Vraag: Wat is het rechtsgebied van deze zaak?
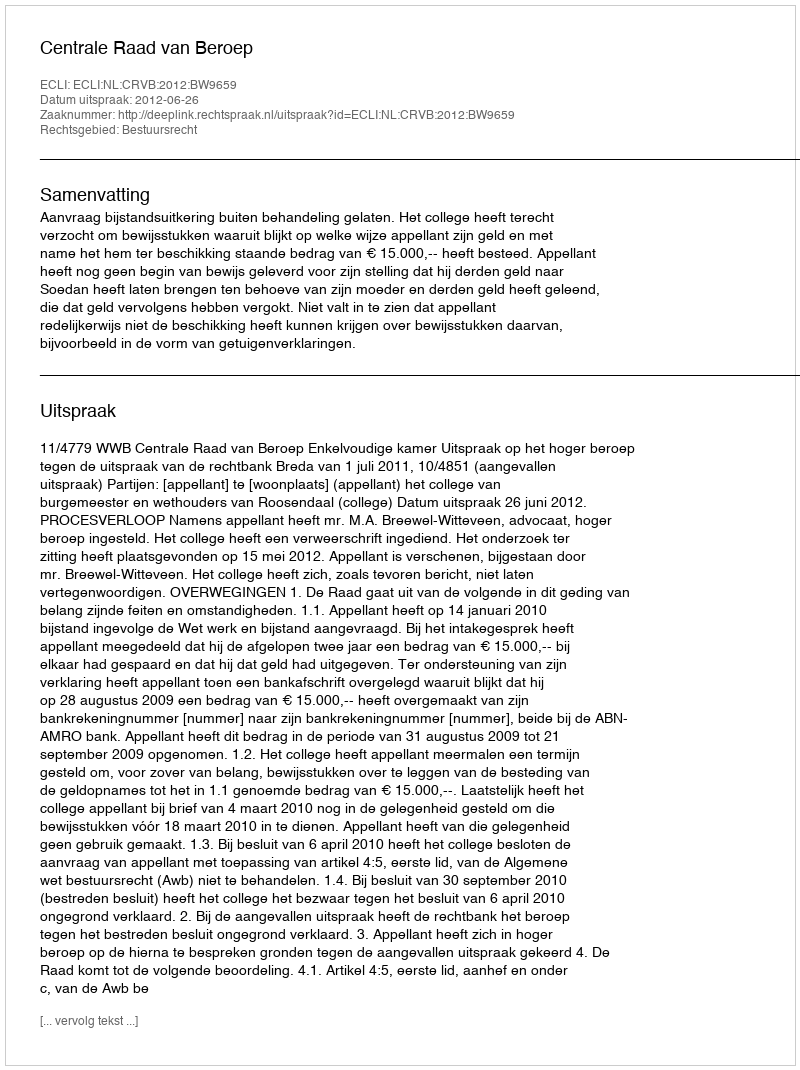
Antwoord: Bestuursrecht